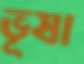
ভূষা